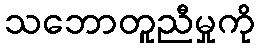
သဘောတူညီမှုကို